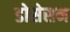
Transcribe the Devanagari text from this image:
डोसेसन